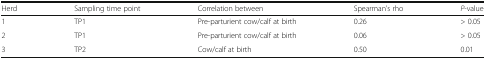
<table><thead><tr><td><b>Herd</b></td><td><b>Sampling time point</b></td><td><b>Correlation between</b></td><td><b>Spearman’s rho</b></td><td><b><i>P</i>-value</b></td></tr></thead><tbody><tr><td>1</td><td>TP1</td><td>Pre-parturient cow/calf at birth</td><td>0.26</td><td>&gt; 0.05</td></tr><tr><td>2</td><td>TP1</td><td>Pre-parturient cow/calf at birth</td><td>0.06</td><td>&gt; 0.05</td></tr><tr><td>3</td><td>TP2</td><td>Cow/calf at birth</td><td>0.50</td><td>0.01</td></tr></tbody></table>